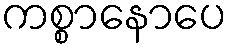
ကစ္စာနောပေ